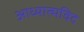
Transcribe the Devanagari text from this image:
आध्यात्मविद